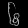
Digit: ၆